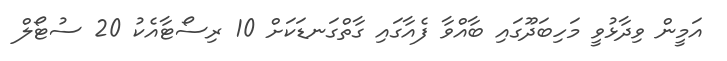
އަމީން ވިދާޅުވީ މަހިބަދޫގައި ބާއްވާ ފެއާގައި ގާތްގަނޑަކަށް 10 ރިސޯޓާއެކު 20 ސުޓޯލް